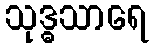
သုဒ္ဓသာရေ